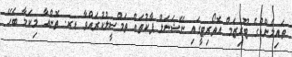
ތައިލެންޑްގެ ޓޫރިޒަމް އޮތޯރިޓީގައި ނޭޝަނަލް ޕާކުތައް ތަމްސީލުކުރައްވާ ޑރ. ތޮންއާ މިކަމާ ބެހޭ